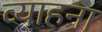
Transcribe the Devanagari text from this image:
व्याहना